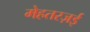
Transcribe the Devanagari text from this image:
मेहतरज़ई